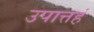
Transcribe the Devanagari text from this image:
उपात्तहं